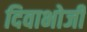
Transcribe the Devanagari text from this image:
दिवाभोजी